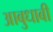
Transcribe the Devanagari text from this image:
आबुधाबी